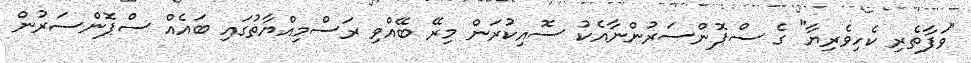
"ވަފާތެރި ކެހިވެރިޔާ" ގެ ސްޕޮންސަރުންނާއެކު ސޮއިކުރަން މިރޭ ބޭއްވި ރަސްމިއްޔާތުގައި ބައެއް ސްޕޮންސަރުން